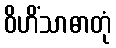
ဝိဟိံသာဓာတုံ